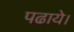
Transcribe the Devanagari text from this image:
पढाये।